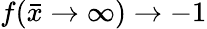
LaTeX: f(\bar{x}\rightarrow\infty)\rightarrow-1